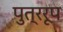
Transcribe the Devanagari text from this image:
पुत्ररूप